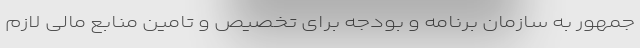
جمهور به سازمان برنامه و بودجه برای تخصیص و تامین منابع مالی لازم